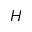
H